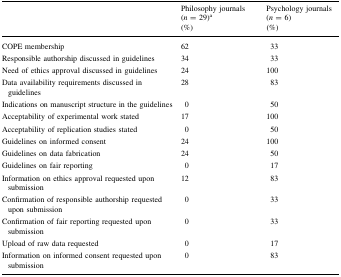
<table><thead><tr><td></td><td><b>Philosophy journals (<i>n</i> = 29)<sup>a</sup>(%)</b></td><td><b>Psychology journals (<i>n</i> = 6)(%)</b></td></tr></thead><tbody><tr><td>COPE membership</td><td>62</td><td>33</td></tr><tr><td>Responsible authorship discussed in guidelines</td><td>34</td><td>33</td></tr><tr><td>Need of ethics approval discussed in guidelines</td><td>24</td><td>100</td></tr><tr><td>Data availability requirements discussed in guidelines</td><td>28</td><td>83</td></tr><tr><td>Indications on manuscript structure in the guidelines</td><td>0</td><td>50</td></tr><tr><td>Acceptability of experimental work stated</td><td>17</td><td>100</td></tr><tr><td>Acceptability of replication studies stated</td><td>0</td><td>50</td></tr><tr><td>Guidelines on informed consent</td><td>24</td><td>100</td></tr><tr><td>Guidelines on data fabrication</td><td>24</td><td>50</td></tr><tr><td>Guidelines on fair reporting</td><td>0</td><td>17</td></tr><tr><td>Information on ethics approval requested upon submission</td><td>12</td><td>83</td></tr><tr><td>Confirmation of responsible authorship requested upon submission</td><td>0</td><td>33</td></tr><tr><td>Confirmation of fair reporting requested upon submission</td><td>0</td><td>33</td></tr><tr><td>Upload of raw data requested</td><td>0</td><td>17</td></tr><tr><td>Information on informed consent requested upon submission</td><td>0</td><td>83</td></tr></tbody></table>